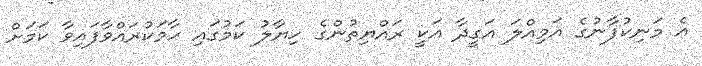
އެ މަނިކުފާނުގެ އަމިއްލަ އަގީދާ އަކީ ރައްޔިތުންގެ ހިޔާލު ކަމުގައި ހާމަކުރައްވާފައިވާ ކަމަށް